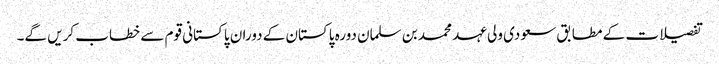
تفصیلات کے مطابق سعودی ولی عہد محمد بن سلمان دورہ پاکستان کے دوران پاکستانی قوم سے خطاب کریں گے۔